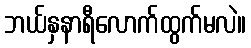
ဘယ်နှနာရီလောက်ထွက်မလဲ။